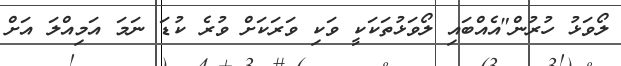
ލޯވަޅު ހުރުން"އެއްބައި ލޯވަޅުތަކަކީ ވަކި ވަރަކަށް ވުރެ ކުޑަ ނަމަ އަމިއްލަ އަށް